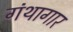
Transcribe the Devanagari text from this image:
गंथागार